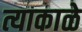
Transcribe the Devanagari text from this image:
त्याकाळे